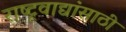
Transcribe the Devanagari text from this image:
राष्ट्रवाद्यांसाठी